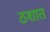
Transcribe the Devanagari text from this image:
ठशात